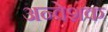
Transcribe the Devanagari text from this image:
अन्वेशक